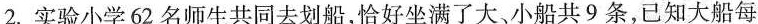
2.实验小学62名师生共同去划船，恰好坐满了大、小船共9条，已知大船每